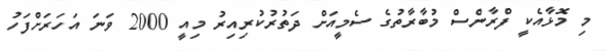
މި މޮޅާއެކީ ފްރާންސް މުބާރާތުގެ ސެމީއަށް ދަތުރުކުރިއިރު މިއީ 2000 ވަނަ އަހަރަށްފަހު